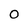
Character: 0